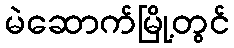
မဲဆောက်မြို့တွင်